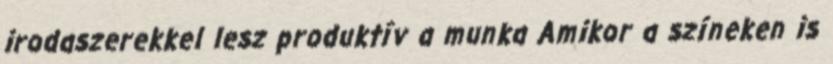
irodaszerekkel lesz produktív a munka Amikor a színeken is